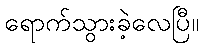
ရောက်သွားခဲ့လေပြီ။